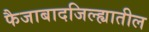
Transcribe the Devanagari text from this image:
फैजाबादजिल्ह्यातील